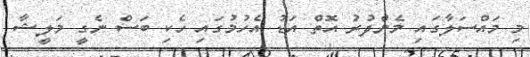
މި މައްސަލާގައި މެންދުރު އޮތް އަޑު އެހުމުގައި ހެކި ބަސް ނެގީ މަލީޝާ